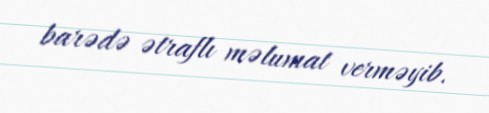
barədə ətraflı məlumat verməyib.